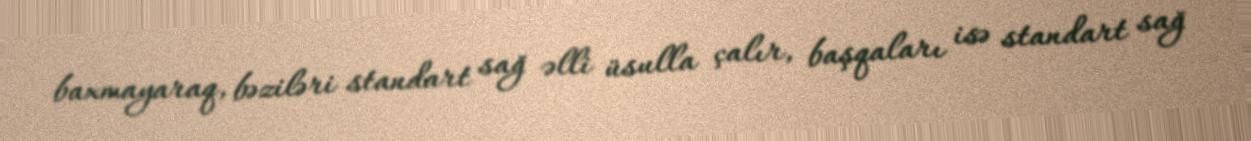
baxmayaraq, bəziləri standart sağ əlli üsulla çalır, başqaları isə standart sağ